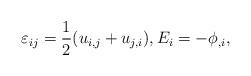
LaTeX: \begin{align*}\varepsilon_{ij}=\frac{1}{2}(u_{i,j}+u_{j,i}),E_i=-\phi_{,i},\end{align*}